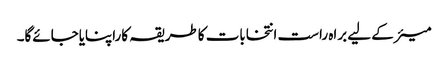
میئرکے لیے براہ راست انتخابات کاطریقہ کاراپنایاجائےگا۔